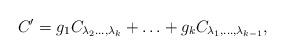
LaTeX: \begin{align*} C' =g_{1} C_{\lambda_2 \ldots , \lambda_{k}} + \ldots + g_{k} C_{\lambda_1 , \ldots , \lambda_{k-1}} , \end{align*}